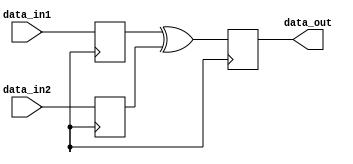
module xor_gate_with_delay (
    input wire data_in1,
    input wire data_in2,
    output reg data_out
);

reg delayed_data_in1;
reg delayed_data_in2;

// Delay elements for input signals
always @(posedge clk) begin
    delayed_data_in1 <= data_in1;
    delayed_data_in2 <= data_in2;
end

// XOR gate operation with delay
always @(posedge clk) begin
    data_out <= delayed_data_in1 ^ delayed_data_in2;
end

endmodule